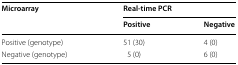
<table><thead><tr><td rowspan="2"><b>Microarray</b></td><td colspan="2"><b>Real-time PCR</b></td></tr><tr><td><b>Positive</b></td><td><b>Negative</b></td></tr></thead><tbody><tr><td>Positive (genotype)</td><td>51 (30)</td><td>4 (0)</td></tr><tr><td>Negative (genotype)</td><td>5 (0)</td><td>6 (0)</td></tr></tbody></table>